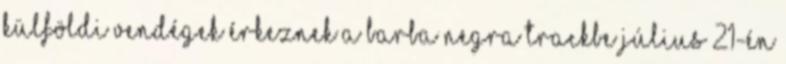
külföldi vendégek érkeznek a Barba Negra Trackbe Július 21-én